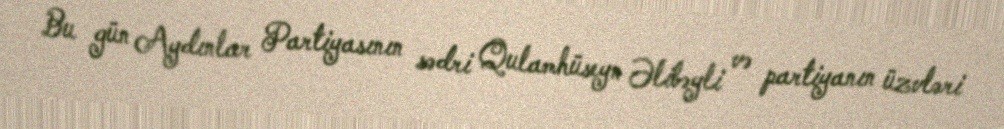
Bu gün Aydınlar Partiyasının sədri Qulamhüseyn Əlibəyli və partiyanın üzvləri